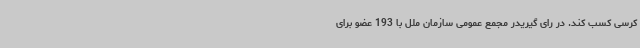
کرسی کسب کند. در رای گیریدر مجمع عمومی سازمان ملل با 193 عضو برای